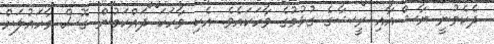
ދެކެވުނީ ޔާޝްއާއި ރީޝާގެ ގުޅުމުގެ ވާހަކައެވެ. އެކި ވާހަކަ ދައްކަމުން ގޮސް މާހައުލަށް